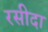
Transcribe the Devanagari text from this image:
रसीदा